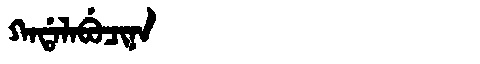
Manchu: ᡴᠠᡩᠠᠯᠠᠪᡠᠴᡳᠨᠠ
Romanization: KADALABUCINA